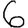
Digit: 6